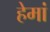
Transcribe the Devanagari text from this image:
हेमां